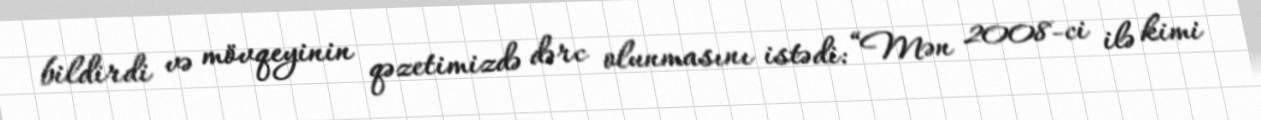
bildirdi və mövqeyinin qəzetimizdə dərc olunmasını istədi: “Mən 2008-ci ilə kimi